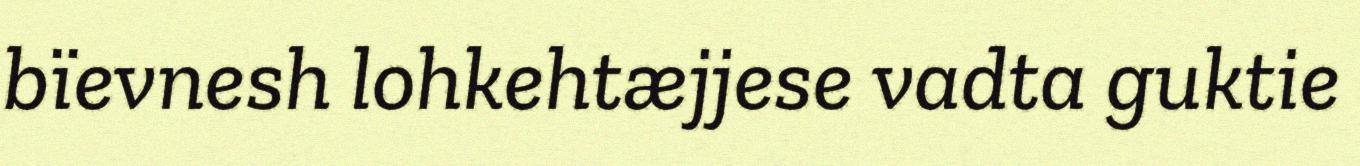
bïevnesh lohkehtæjjese vadta guktie